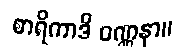
စာရိကာဒိ ဝဏ္ဏနာ။